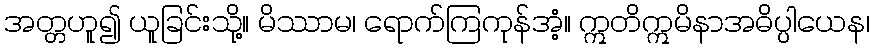
အတ္တဟူ၍ ယူခြင်းသို့။ မိဿာမ၊ ရောက်ကြကုန်အံ့။ ဣတိဣမိနာအဓိပ္ပါယေန၊